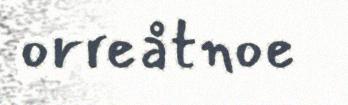
orreåtnoe